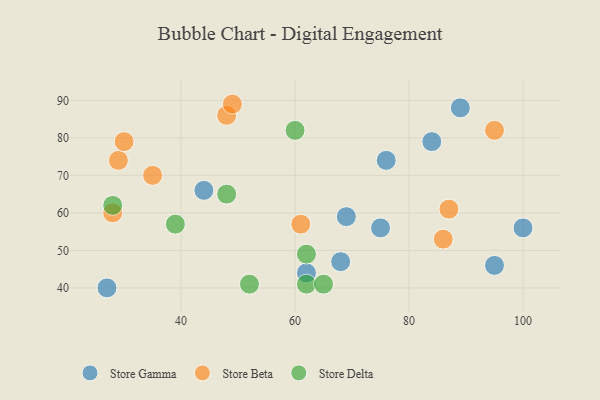
{"axis": {"x": "GDP", "y": "Life Expectancy"}, "legend": ["Store Beta", "Store Delta", "Store Gamma"], "data": [{"x": "44", "y": 66, "type": "Store Gamma"}, {"x": "75", "y": 56, "type": "Store Gamma"}, {"x": "95", "y": 46, "type": "Store Gamma"}, {"x": "76", "y": 74, "type": "Store Gamma"}, {"x": "89", "y": 88, "type": "Store Gamma"}, {"x": "69", "y": 59, "type": "Store Gamma"}, {"x": "27", "y": 40, "type": "Store Gamma"}, {"x": "62", "y": 44, "type": "Store Gamma"}, {"x": "84", "y": 79, "type": "Store Gamma"}, {"x": "68", "y": 47, "type": "Store Gamma"}, {"x": "100", "y": 56, "type": "Store Gamma"}, {"x": "48", "y": 86, "type": "Store Beta"}, {"x": "61", "y": 57, "type": "Store Beta"}, {"x": "35", "y": 70, "type": "Store Beta"}, {"x": "95", "y": 82, "type": "Store Beta"}, {"x": "86", "y": 53, "type": "Store Beta"}, {"x": "49", "y": 89, "type": "Store Beta"}, {"x": "28", "y": 60, "type": "Store Beta"}, {"x": "87", "y": 61, "type": "Store Beta"}, {"x": "29", "y": 74, "type": "Store Beta"}, {"x": "30", "y": 79, "type": "Store Beta"}, {"x": "60", "y": 82, "type": "Store Delta"}, {"x": "52", "y": 41, "type": "Store Delta"}, {"x": "28", "y": 62, "type": "Store Delta"}, {"x": "48", "y": 65, "type": "Store Delta"}, {"x": "62", "y": 41, "type": "Store Delta"}, {"x": "62", "y": 49, "type": "Store Delta"}, {"x": "65", "y": 41, "type": "Store Delta"}, {"x": "39", "y": 57, "type": "Store Delta"}]}